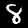
Label: 8